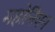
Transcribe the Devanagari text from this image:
महोनियन